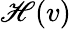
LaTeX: \mathscr{H}(v)